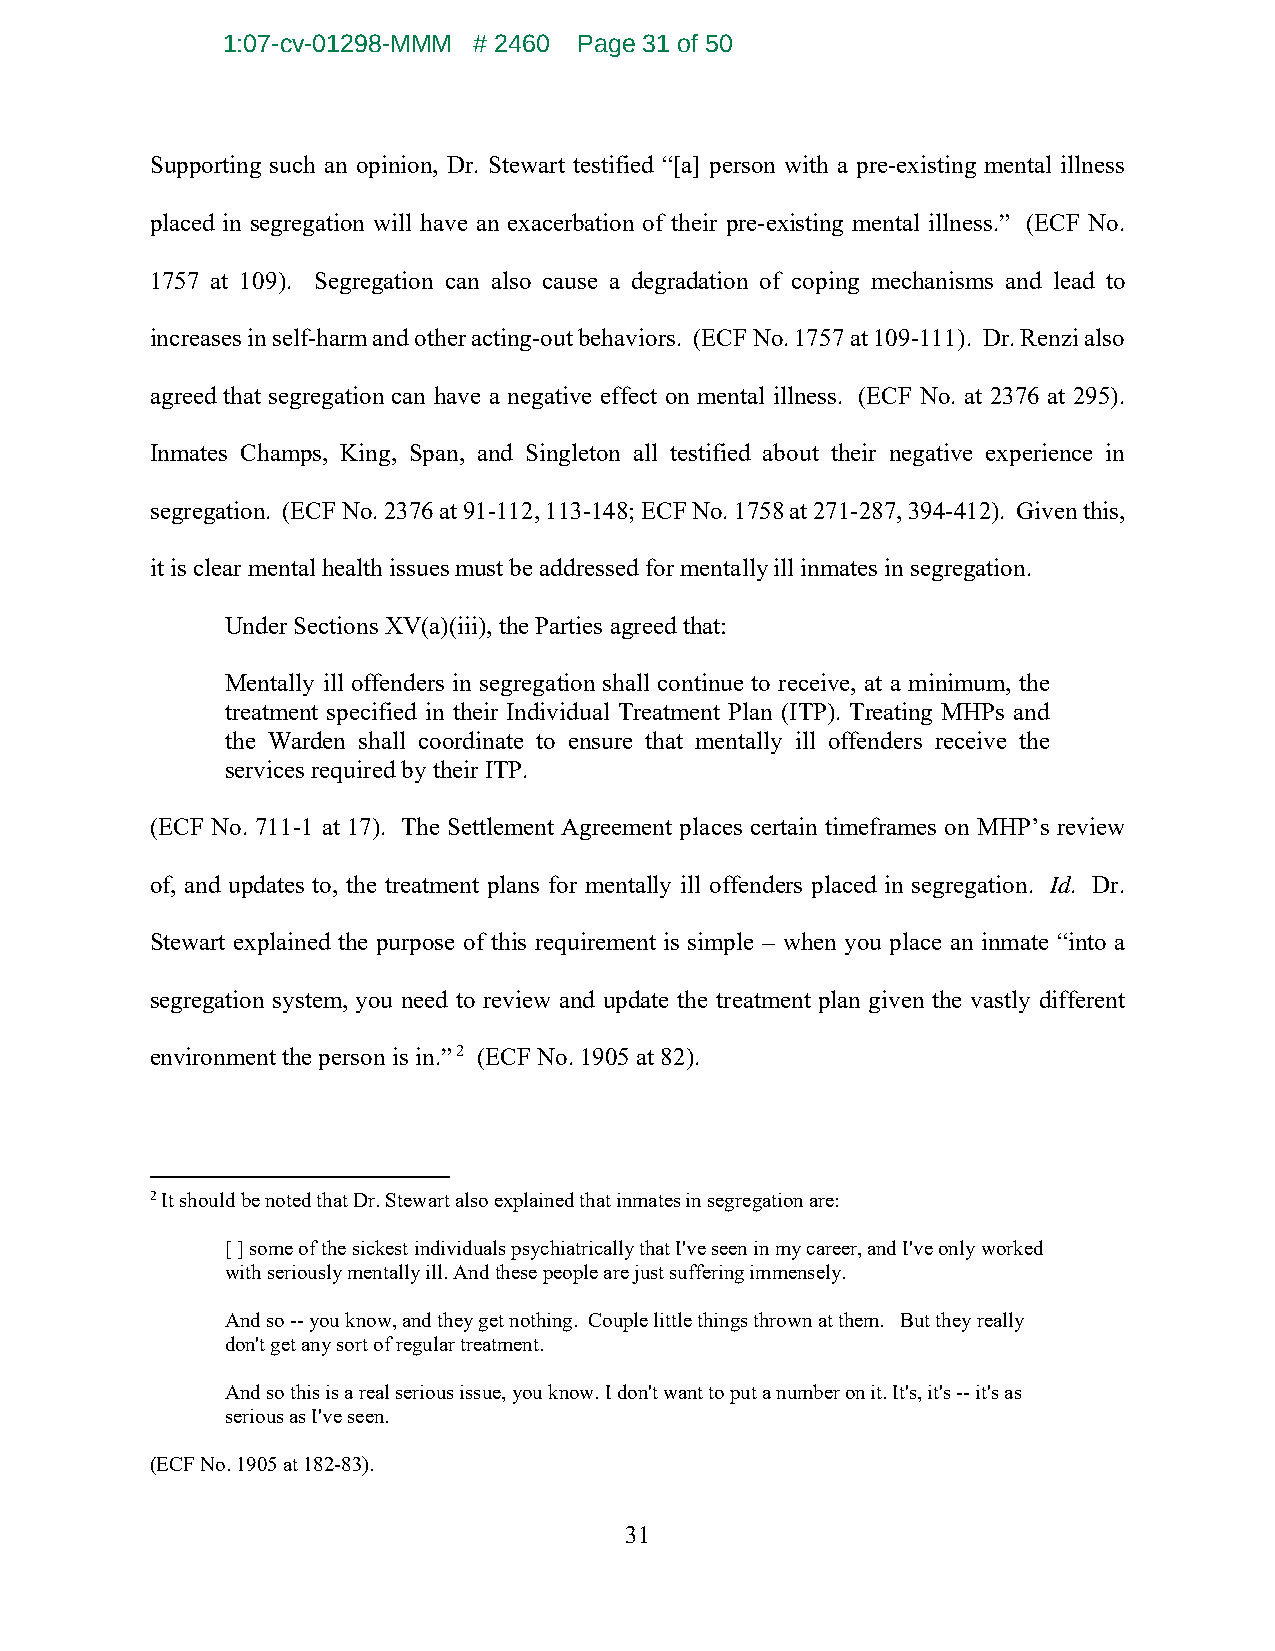
1:07-cv-01298-MMM # 2460 Page 31 of 50
 Supporting such an opinion, Dr. Stewart testified “[a] person with a pre-existing mental illness
 placed in segregation will have an exacerbation of their pre-existing mental illness.” (ECF No.
 1757 at 109). Segregation can also cause a degradation of coping mechanisms and lead to
 increases in self-harm and other acting-out behaviors. (ECF No. 1757 at 109-111). Dr. Renzi also
 agreed that segregation can have a negative effect on mental illness. (ECF No. at 2376 at 295).
 Inmates Champs, King, Span, and Singleton all testified about their negative experience in
 segregation. (ECF No. 2376 at 91-112, 113-148; ECF No. 1758 at 271-287, 394-412). Given this,
 it is clear mental health issues must be addressed for mentally ill inmates in segregation.
 Under Sections XV(a)(iii), the Parties agreed that:
 Mentally ill offenders in segregation shall continue to receive, at a minimum, the
 treatment specified in their Individual Treatment Plan (ITP). Treating MHPs and
 the Warden shall coordinate to ensure that mentally ill offenders receive the
 services required by their ITP.
 (ECF No. 711-1 at 17). The Settlement Agreement places certain timeframes on MHP’s review
 of, and updates to, the treatment plans for mentally ill offenders placed in segregation. Id. Dr.
 Stewart explained the purpose of this requirement is simple – when you place an inmate “into a
 segregation system, you need to review and update the treatment plan given the vastly different
 environment the person is in.” 2 (ECF No. 1905 at 82).
 2 It should be noted that Dr. Stewart also explained that inmates in segregation are:
 [ ] some of the sickest individuals psychiatrically that I've seen in my career, and I've only worked
 with seriously mentally ill. And these people are just suffering immensely.
 And so -- you know, and they get nothing. Couple little things thrown at them. But they really
 don't get any sort of regular treatment.
 And so this is a real serious issue, you know. I don't want to put a number on it. It's, it's -- it's as
 serious as I've seen.
 (ECF No. 1905 at 182-83).
 31